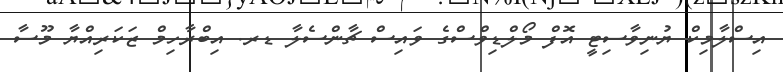
އިސްލާމިކް ޔުނިވާސިޓީ އޮފް މޯލްޑިވްސްގެ ވައިސް ޗާންސެލާ ޑރ. އިބްރާހިމް ޒަކަރިއްޔާ މޫސާ